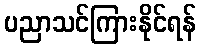
ပညာသင်ကြားနိုင်ရန်